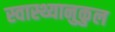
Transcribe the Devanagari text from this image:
स्वास्थ्यानुकुल